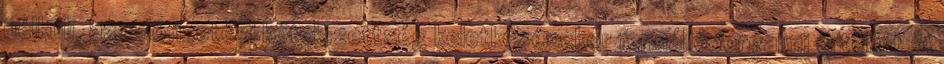
nélküli, az adófizetési kötelezettség keletkezésekor fennálló forgalmi értékét. A